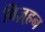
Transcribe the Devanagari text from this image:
विज़्हन